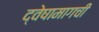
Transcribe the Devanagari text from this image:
द्वेषामागची